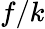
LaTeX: f/k